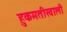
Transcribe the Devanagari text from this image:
हुकमतीखाली